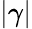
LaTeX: \lvert\gamma\rvert